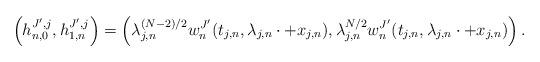
LaTeX: \begin{align*}\left (h_{n,0}^{J',j}, h_{1,n}^{J',j} \right ) = \left ( \lambda_{j,n}^{(N-2)/2} w^{J'}_n (t_{j,n} , \lambda_{j,n} \cdot + x_{j,n}), \lambda_{j,n}^{N/2} w^{J'}_n (t_{j,n}, \lambda_{j,n} \cdot + x_{j,n} ) \right ).\end{align*}